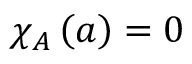
\chi _ { A } \left( a \right) = 0